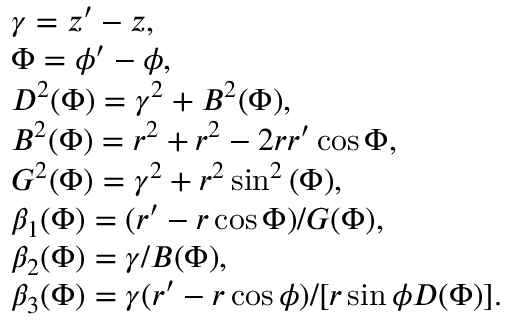
\begin{array} { r l } & { \gamma = z ^ { \prime } - z , } \\ & { \Phi = \phi ^ { \prime } - \phi , } \\ & { D ^ { 2 } ( \Phi ) = \gamma ^ { 2 } + B ^ { 2 } ( \Phi ) , } \\ & { B ^ { 2 } ( \Phi ) = r ^ { 2 } + r ^ { 2 } - 2 r r ^ { \prime } \cos { \Phi } , } \\ & { G ^ { 2 } ( \Phi ) = \gamma ^ { 2 } + r ^ { 2 } \sin ^ { 2 } { ( \Phi ) } , } \\ & { \beta _ { 1 } ( \Phi ) = ( r ^ { \prime } - r \cos { \Phi } ) / G ( \Phi ) , } \\ & { \beta _ { 2 } ( \Phi ) = \gamma / B ( \Phi ) , } \\ & { \beta _ { 3 } ( \Phi ) = \gamma ( r ^ { \prime } - r \cos { \phi } ) / [ r \sin { \phi } D ( \Phi ) ] . } \end{array}